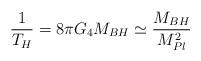
LaTeX: \begin{align*}\frac{1}{T_H}=8\pi G_4M_{BH} \simeq \frac{M_{BH}}{M_{Pl}^2}\end{align*}